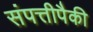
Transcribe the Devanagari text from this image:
संपत्तीपैकी